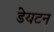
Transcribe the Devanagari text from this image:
डेयटन